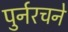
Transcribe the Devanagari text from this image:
पुर्नरचने